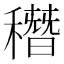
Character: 䅾